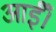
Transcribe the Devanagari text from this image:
आईँ।